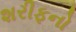
શરીફનો